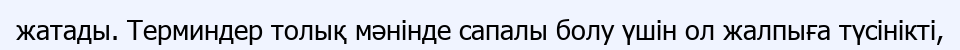
жатады. Терминдер толық мәнінде сапалы болу үшін ол жалпыға түсінікті,